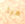
هيا